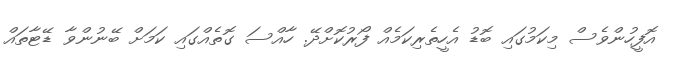
އޮފީހުންވެސް މިކަމުގައި ބޮޑު އެހީތެރިކަމެއް ފޯރުކޮށްދޭ. ހާއްސަ ގޮތެއްގައި ކަމަށް ބޭނުންވާ ޑޭޓާތައް